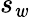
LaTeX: s_{\mathit{w}}